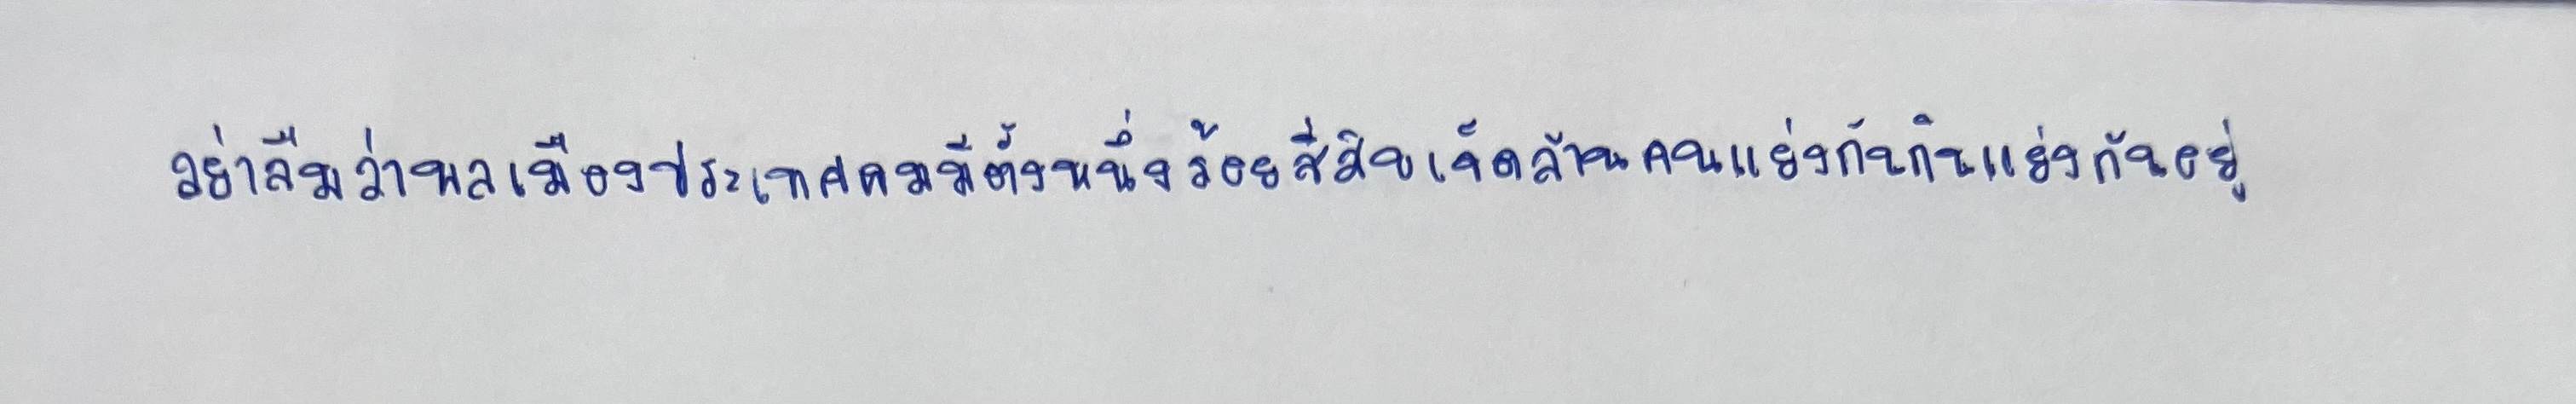
"อย่าลืมว่าพลเมืองประเทศผมมีตั้งหนึ่งร้อยสี่สิบเจ็ดล้านคนแย่งกันกินแย่งกันอยู่